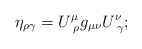
\begin{align*}\eta _{\rho \gamma }=U_{\,\,\rho }^\mu g_{\mu \nu }U_{\,\,\gamma }^\nu ;\end{align*}